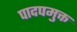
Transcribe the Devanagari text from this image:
पादपमुक्त